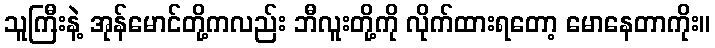
သူကြီးနဲ့ အုန်မောင်တို့ကလည်း ဘီလူးတို့ကို လိုက်ထားရတော့ မောနေတာကိုး။